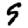
Digit: 9